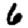
Digit: 6